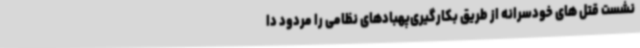
نشست قتل های خودسرانه از طریق بکارگیری‌پهبادهای نظامی را مردود دا